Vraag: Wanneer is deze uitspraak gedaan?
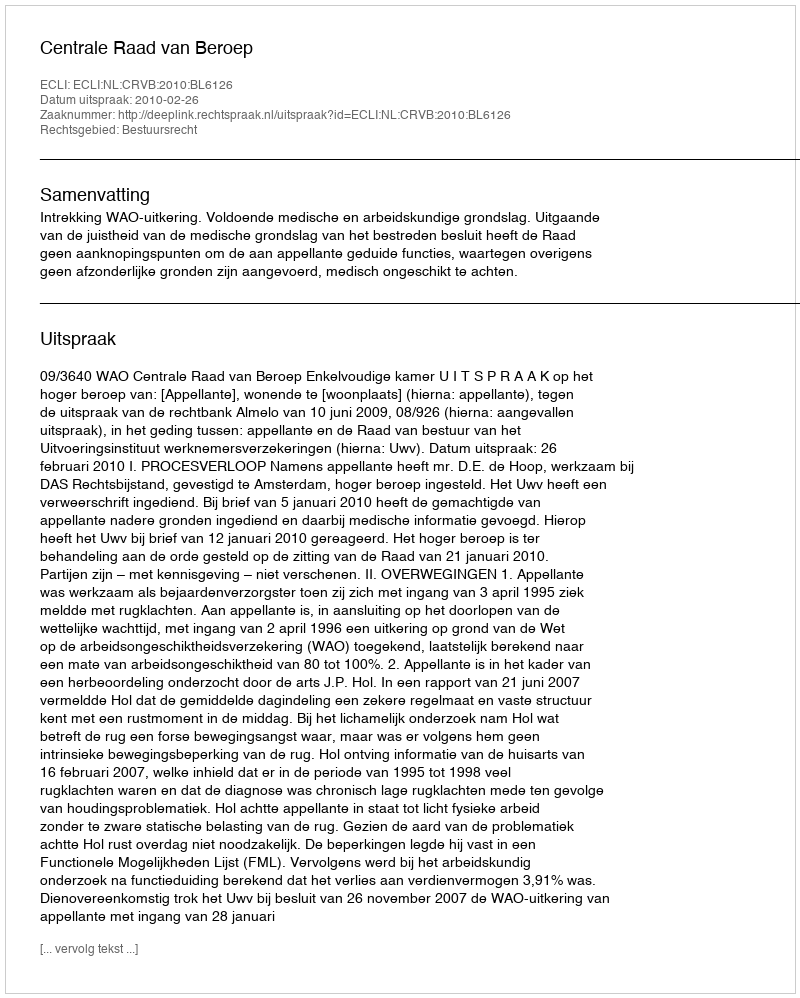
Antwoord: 2010-02-26